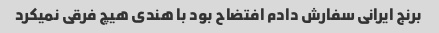
برنج ایرانی سفارش دادم افتضاح بود با هندی هیچ فرقی نمیکرد